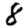
Digit: 8